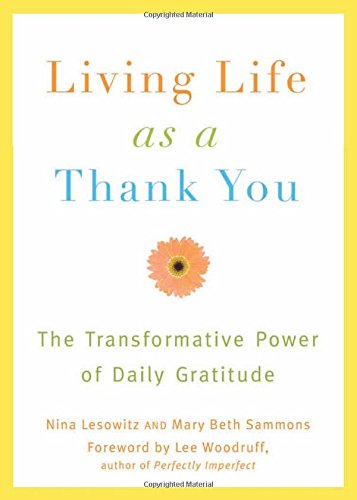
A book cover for Living Life as a Thank You: The Transformative Power of Daily Gratitude; Nina Lesowitz; Reference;